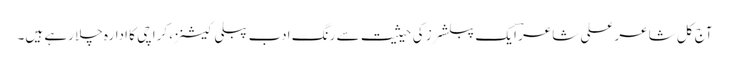
آج کل شاعر علی شاعرؔ ایک پبلشرز کی حیثیت سے رنگِ ادب پبلی کیشنز، کراچی کا ادارہ چلا رہے ہیں۔